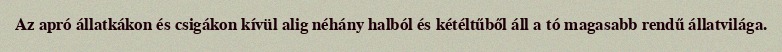
Az apró állatkákon és csigákon kívül alig néhány halból és kétéltűből áll a tó magasabb rendű állatvilága.